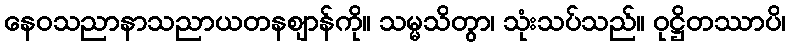
နေဝသညာနာသညာယတနဈာန်ကို။ သမ္မသိတွာ၊ သုံးသပ်သည်။ ဝုဋ္ဌိတဿာပိ၊